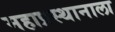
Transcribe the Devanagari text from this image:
महाप्रस्थानाला